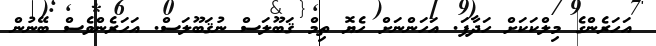
އަހަރެންގެ މިލްކަކަށް ހަދާފަ. އަހަންނަށް ހެޔޮ ތިމް ޤަބޫލަސް ނުޤަބޫލަސް. އަހަރެންވެސް ބޭނުން